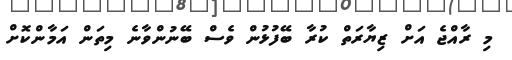
މި ރާއްޖެ އަށް ޒިޔާރަތް ކުރާ ބޭފުޅުން ވެސް ބޭނުންވާނެ މިތަން އަމާންކޮށް